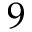
9